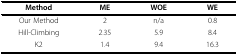
| Method | ME | WOE | WE |
 | --- | --- | --- | --- |
 | Our Method | 2 | n/a | 0.8 |
 | Hill-Climbing | 2.35 | 5.9 | 8.4 |
 | K2 | 1.4 | 9.4 | 16.3 |